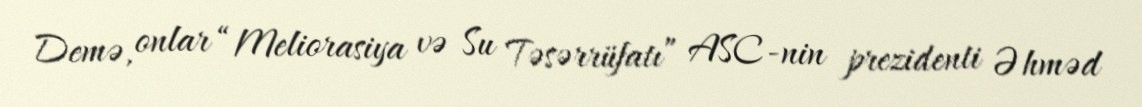
Demə, onlar “Meliorasiya və Su Təsərrüfatı” ASC-nin prezidenti Əhməd